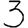
Digit: 3